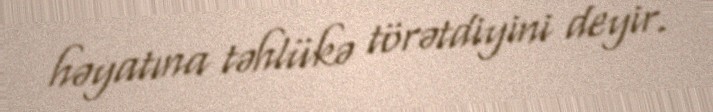
həyatına təhlükə törətdiyini deyir.